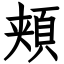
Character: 頬